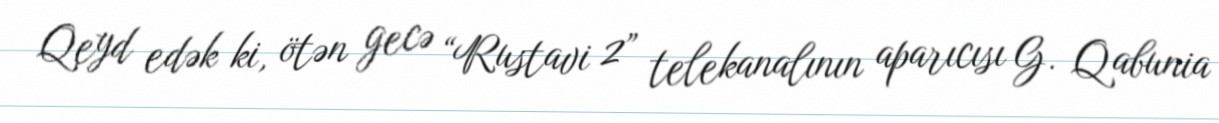
Qeyd edək ki, ötən gecə “Rustavi 2” telekanalının aparıcısı G. Qabunia